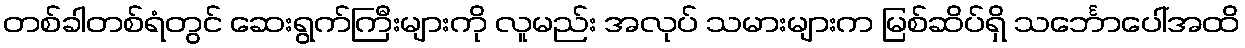
တစ်ခါတစ်ရံတွင် ဆေးရွက်ကြီးများကို လူမည်း အလုပ် သမားများက မြစ်ဆိပ်ရှိ သင်္ဘောပေါ်အထိ